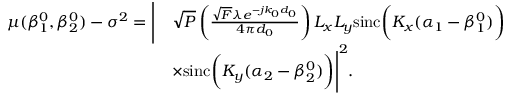
\begin{array} { r l } { \mu ( \beta _ { 1 } ^ { 0 } , \beta _ { 2 } ^ { 0 } ) - \sigma ^ { 2 } = \Bigg | } & { \sqrt { P } \left( \frac { \sqrt { F } \lambda e ^ { - j k _ { 0 } d _ { 0 } } } { 4 \pi d _ { 0 } } \right) L _ { x } L _ { y } \mathrm { s i n c } \bigg ( K _ { x } ( \alpha _ { 1 } - \beta _ { 1 } ^ { 0 } ) \bigg ) } \\ & { \times \mathrm { s i n c } \bigg ( K _ { y } ( \alpha _ { 2 } - \beta _ { 2 } ^ { 0 } ) \bigg ) \Bigg | ^ { 2 } . } \end{array}